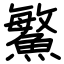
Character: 鰵